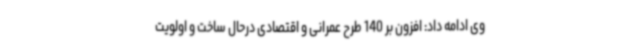
وی ادامه داد: افزون بر 140 طرح عمرانی و اقتصادی درحال ساخت و اولویت